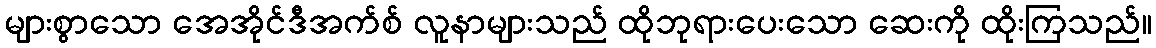
များစွာသော အေအိုင်ဒီအက်စ် လူနာများသည် ထိုဘုရားပေးသော ဆေးကို ထိုးကြသည်။